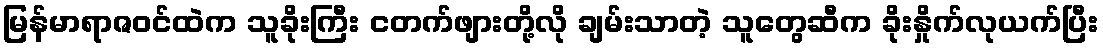
မြန်မာရာဇဝင်ထဲက သူခိုးကြီး ငတက်ဖျားတို့လို ချမ်းသာတဲ့ သူတွေဆီက ခိုးနှိုက်လုယက်ပြီး